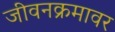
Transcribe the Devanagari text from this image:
जीवनक्रमावर